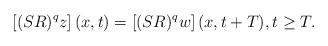
LaTeX: \begin{align*}\left[(SR)^q z\right](x,t)=\left[(SR)^q w\right](x,t+T),t\ge T.\end{align*}